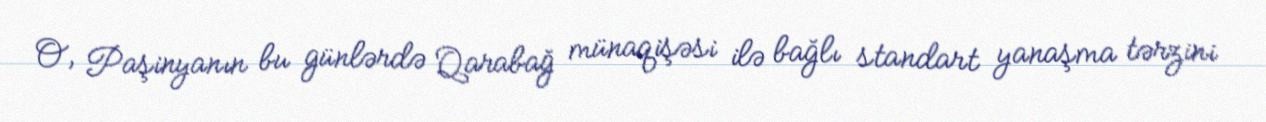
O, Paşinyanın bu günlərdə Qarabağ münaqişəsi ilə bağlı standart yanaşma tərzini